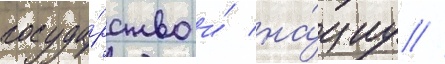
госуда́рство и́ на́циу //